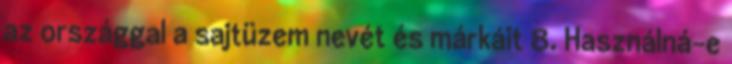
az országgal a sajtüzem nevét és márkáit 8. Használná-e